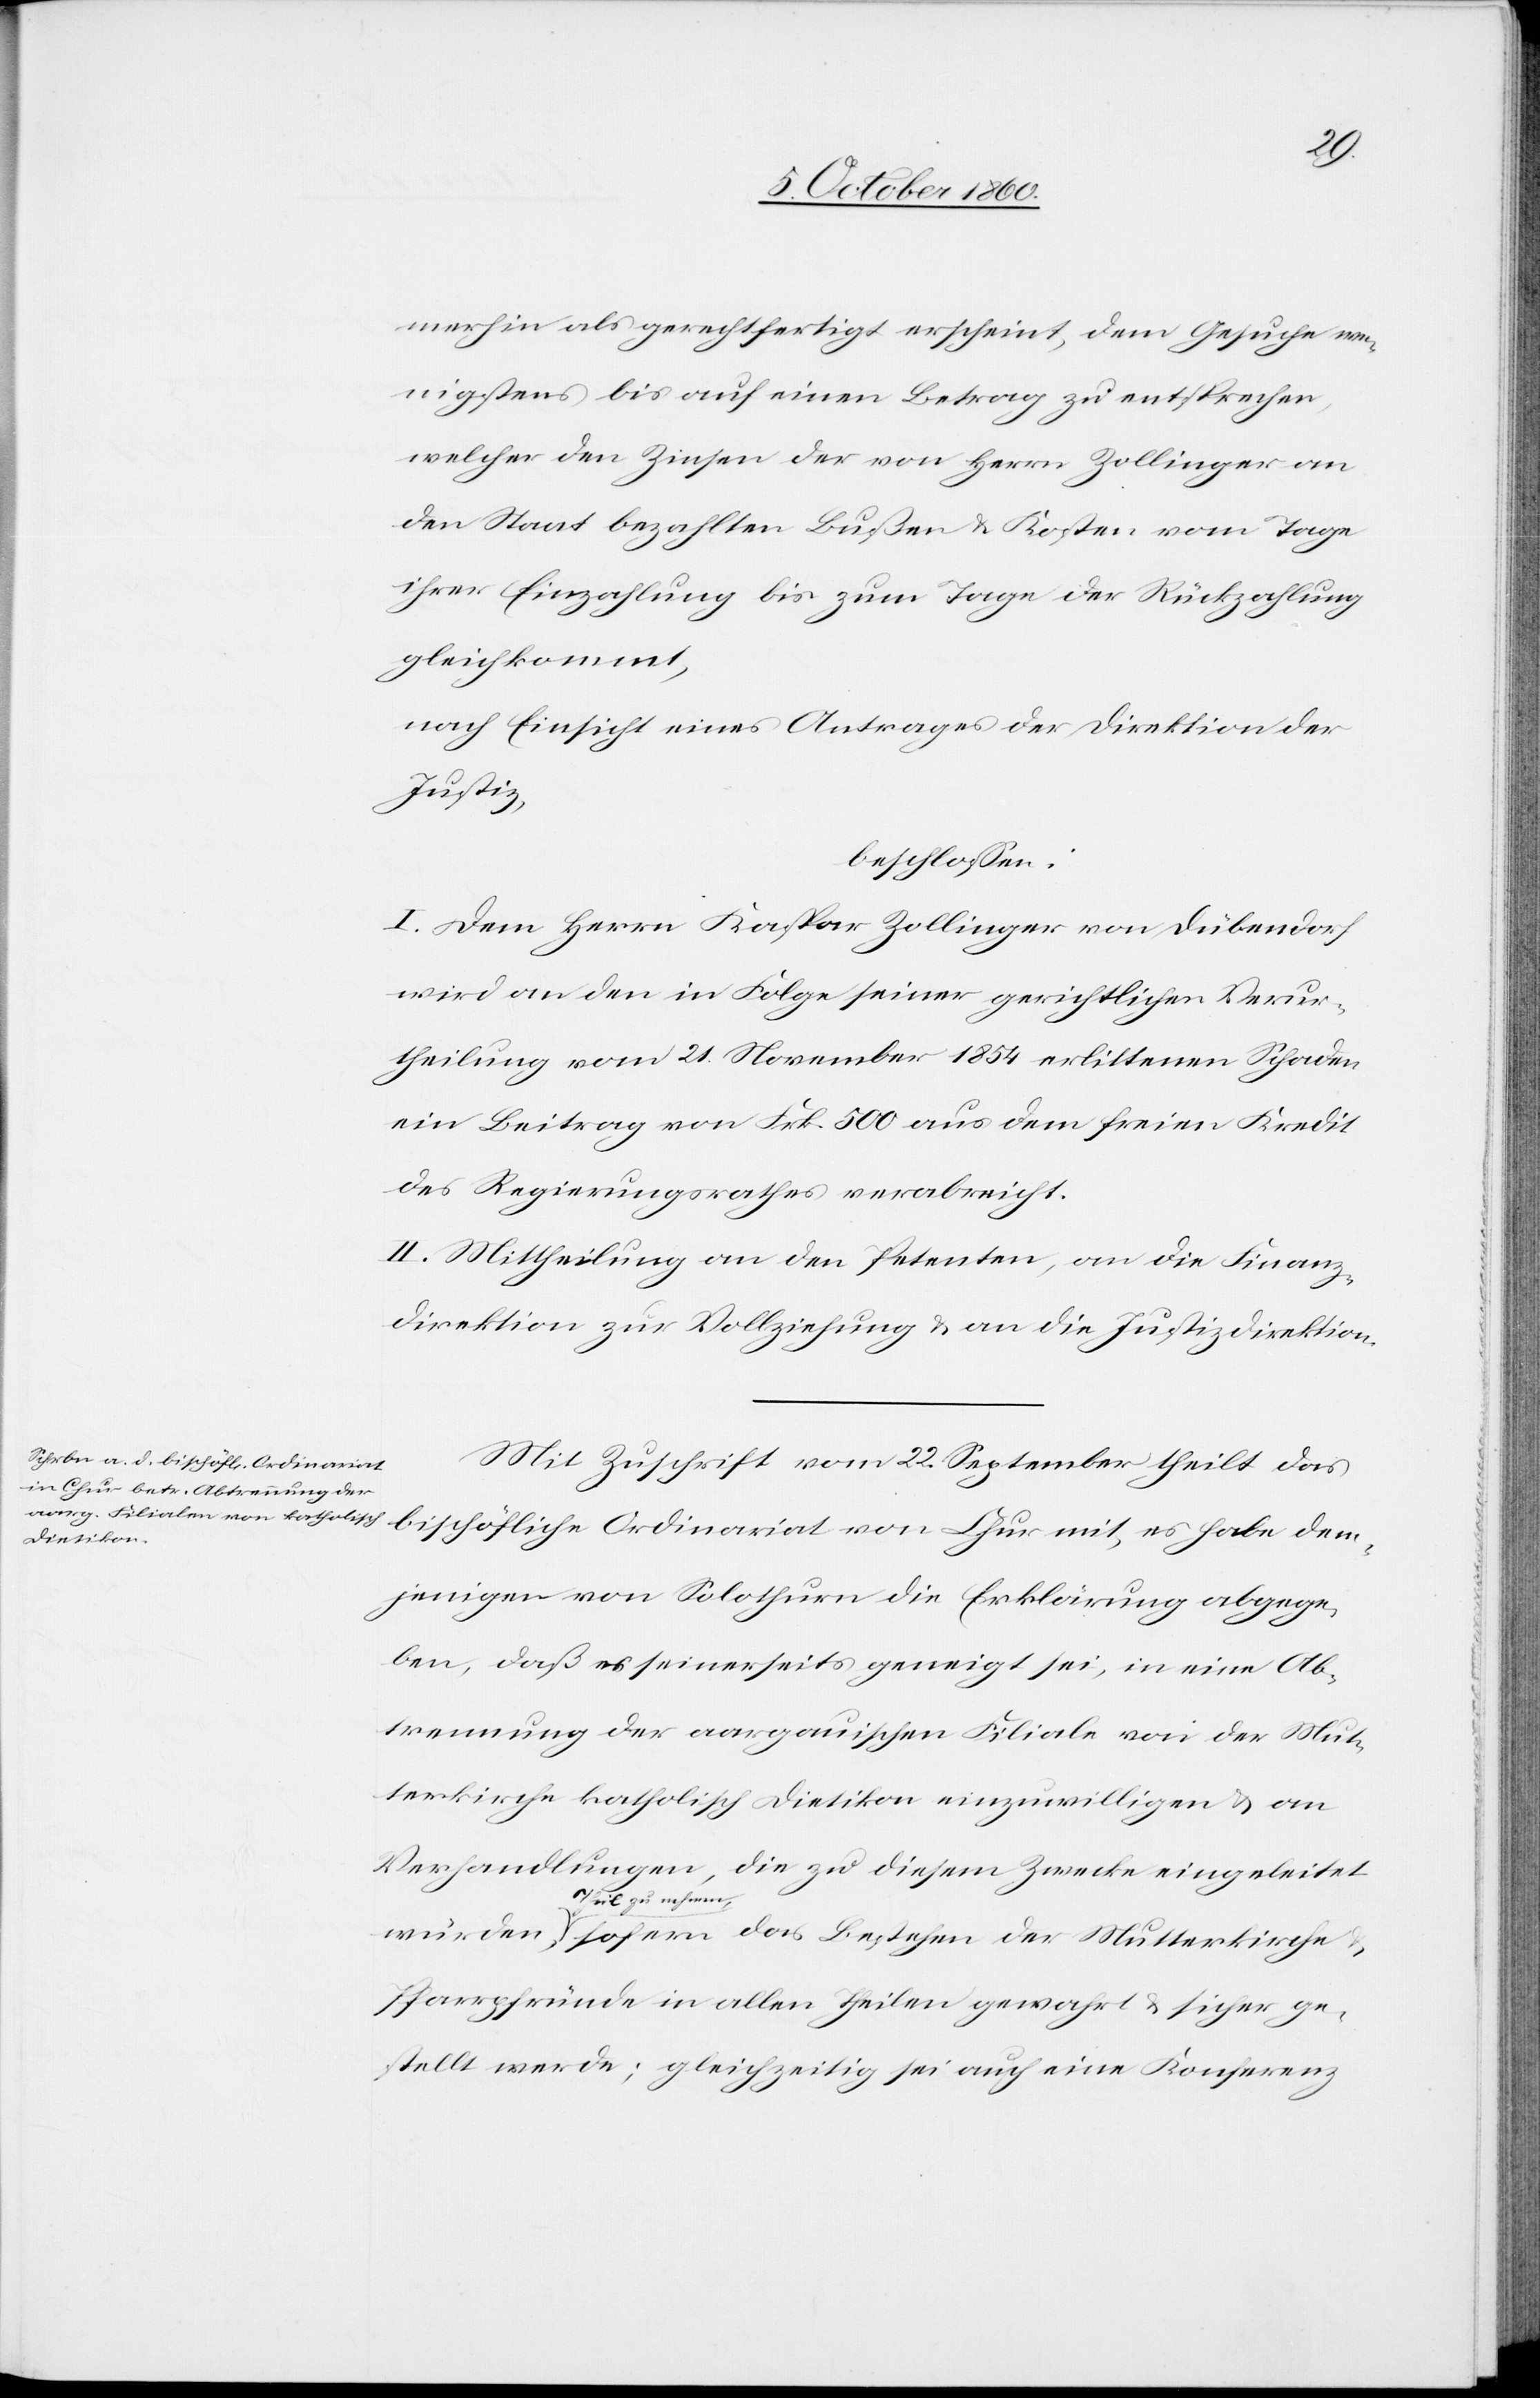
merhin als gerechtfertigt erscheint, dem Gesuche we¬
nigstens bis auf einen Betrag zu entsprechen,
welcher den Zinsen der von Herrn Zollinger an
den Staat bezahlten Bußen u. Kosten vom Tage
ihrer Einzahlung bis zum Tage der Rückzahlung
gleichkommt,
nach Einsicht eines Antrages der Direktion der
Justiz,
beschlossen:
I. Dem Herrn Kaspar Zollinger von Dübendorf
wird an den in Folge seiner gerichtlichen Verur¬
theilung vom 21. November 1854 erlittenen Schaden
ein Beitrag von Frk. 500 aus dem freien Kredit
des Regierungsrathes verabreicht.
II. Mittheilung an den Petenten, an die Finanz¬
direktion zur Vollziehung u. an die Justizdirektion.
Mit Zuschrift vom 22. September theilt das
bischöfliche Ordinariat von Chur mit, es habe dem¬
jenigen von Solothurn die Erklärung abgege¬
ben, da es seinerseits geneigt sei, in eine Ab¬
trennung der aargauischen Filiale von der Mut¬
terkirche katholisch Dietikon einzuwilligen u. an
Verhandlungen, die zu diesem Zwecke eingeleitet
u.
Theil zu nehmen
Pfarrpfründe in allen Theilen gewahrt u. sicher ge¬
stellt werde; gleichzeitig sei auch eine Konferenz